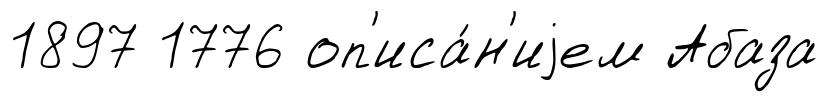
1897 1776 оп'иса́н'иjем Абаза